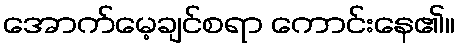
အောက်မေ့ချင်စရာ ကောင်းနေ၏။